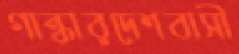
গান্ধারদেশবাসী